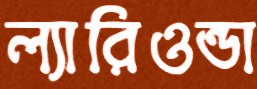
ল্যারিওন্ডা